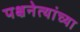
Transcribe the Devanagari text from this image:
पक्षनेत्यांच्या